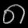
Digit: ၈